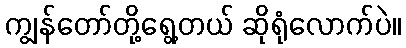
ကျွန်တော်တို့ရွေ့တယ် ဆိုရုံလောက်ပဲ။